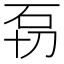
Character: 𱳫